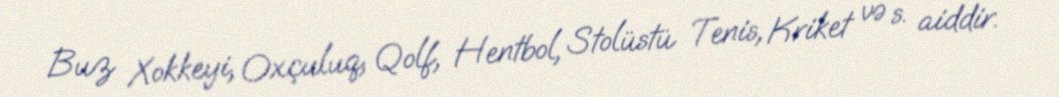
Buz Xokkeyi, Oxçuluq, Qolf, Hentbol, Stolüstü Tenis, Kriket və s. aiddir.